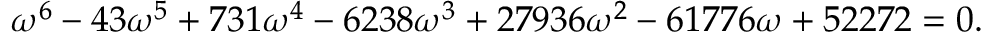
\omega ^ { 6 } - 4 3 \omega ^ { 5 } + 7 3 1 \omega ^ { 4 } - 6 2 3 8 \omega ^ { 3 } + 2 7 9 3 6 \omega ^ { 2 } - 6 1 7 7 6 \omega + 5 2 2 7 2 = 0 .